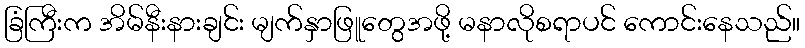
ခြံကြီးက အိမ်နီးနားချင်း မျက်နှာဖြူတွေအဖို့ မနာလိုစရာပင် ကောင်းနေသည်။